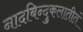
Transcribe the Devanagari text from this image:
नादबिन्दुकलातीतं